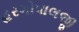
હરગોપાલજી